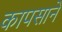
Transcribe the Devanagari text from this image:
कापसाने